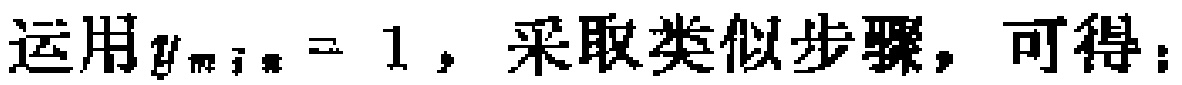
运用$y_{\min}=1$，采取类似步骤，可得：